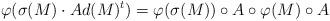
LaTeX: \begin{align*}\varphi(\sigma(M)\cdot Ad(M)^t)=\varphi(\sigma(M))\circ A\circ\varphi(M)\circ A\end{align*}